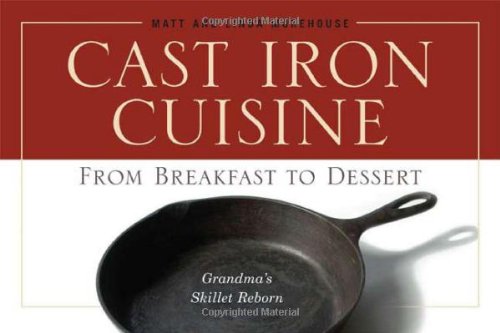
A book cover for Cast Iron Cuisine: From Breakfast to Dessert; Matt Morehouse; Cookbooks, Food & Wine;